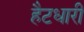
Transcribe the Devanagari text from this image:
हैटधारी